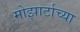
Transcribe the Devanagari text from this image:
मोझार्टाच्या